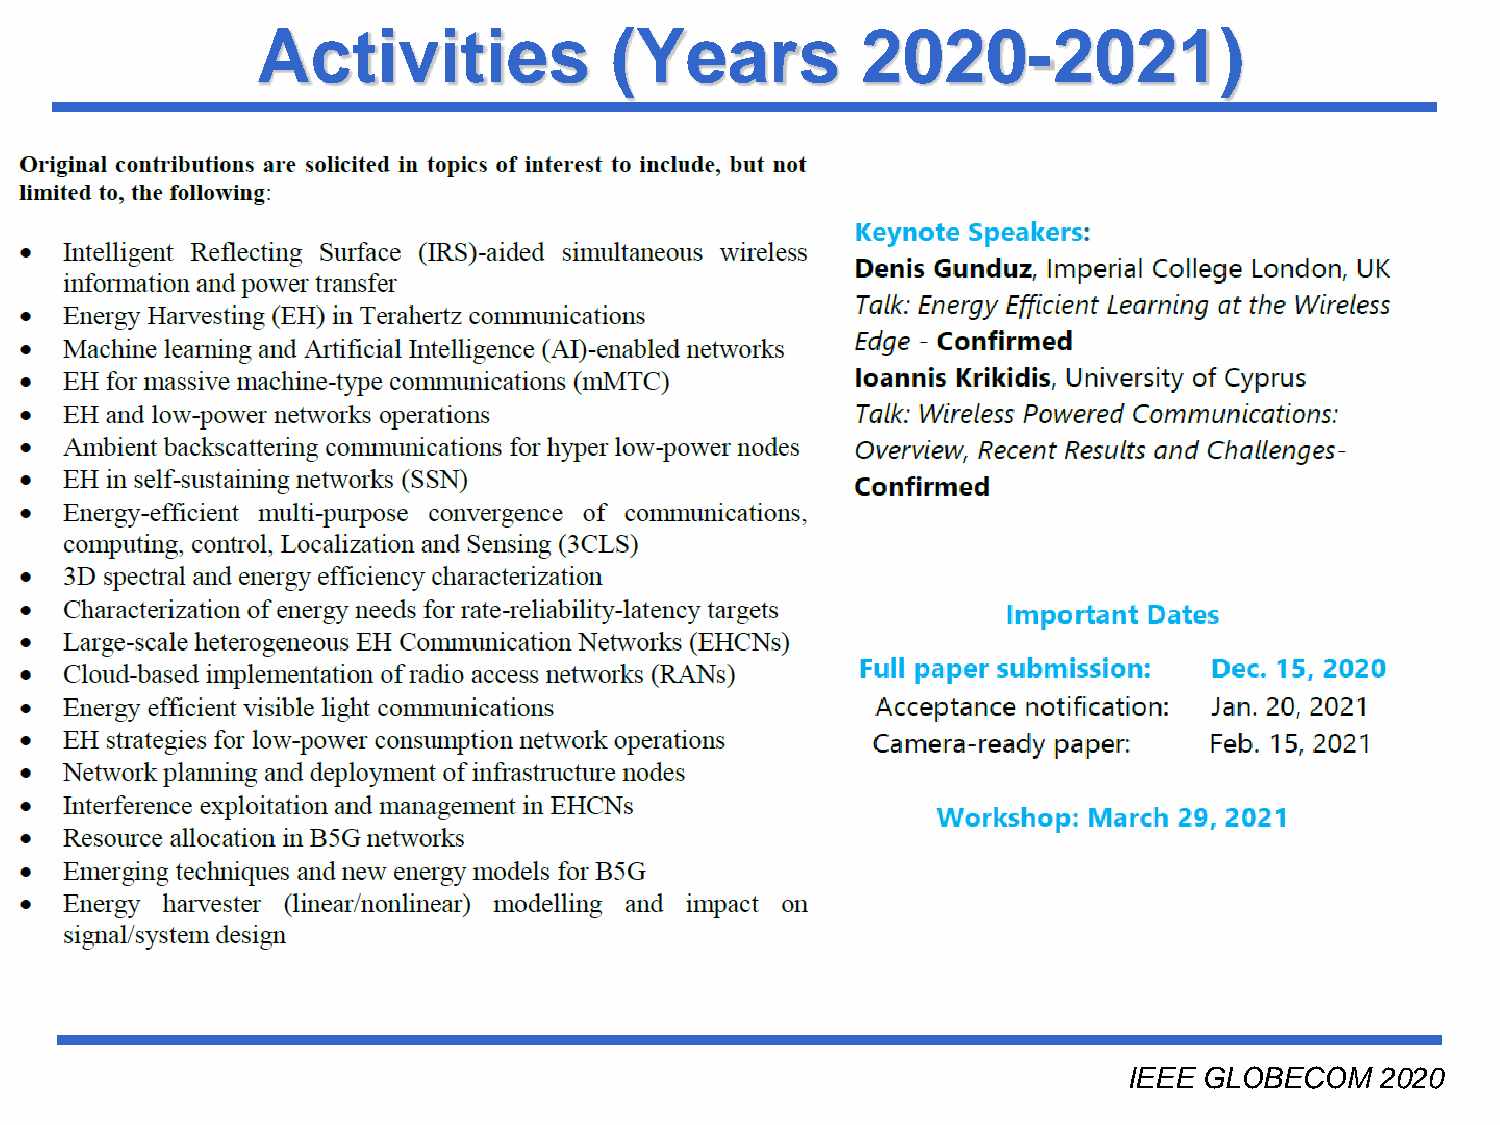
Activities             (Years           2020-2021)
 Université du Québec
 IEEE GLOBECOM   2020
 INRS-EMT